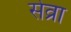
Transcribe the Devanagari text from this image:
सेव्रा